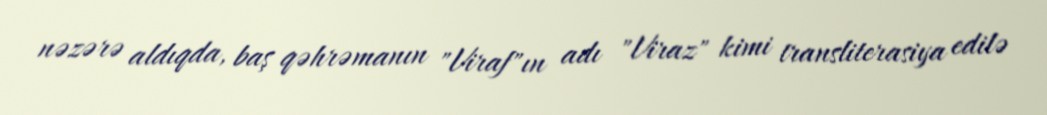
nəzərə aldıqda, baş qəhrəmanın "Viraf"ın adı "Viraz" kimi transliterasiya edilə